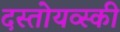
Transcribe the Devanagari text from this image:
दस्तोयव्स्की